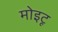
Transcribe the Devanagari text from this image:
मोइटू